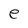
Character: e